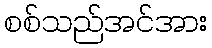
စစ်သည်အင်အား